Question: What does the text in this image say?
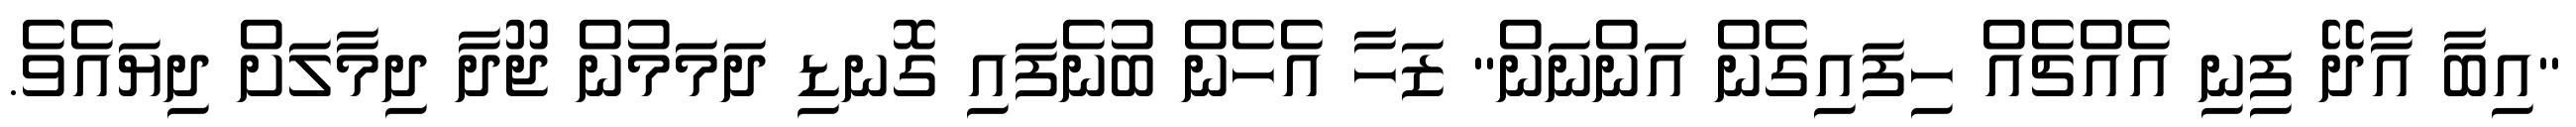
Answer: "އިބާ އާދޭ ފިނި އެއްޗެއް ހިފައިގެން އަންނަން" ޒަހާ އެހެން ބުނެފައި ގޮނޑި ދަމަމުން ޖޫދާ ދިމާލަށް ދިޔައެވެ.